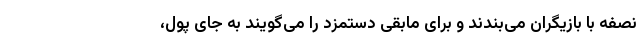
نصفه با بازیگران می‌بندند و برای مابقی دستمزد را می‌گویند به جای پول،